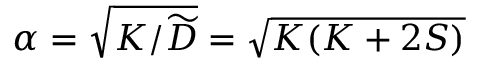
\alpha = \sqrt { K / \widetilde D } = \sqrt { K ( K + 2 S ) }